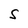
Character: S